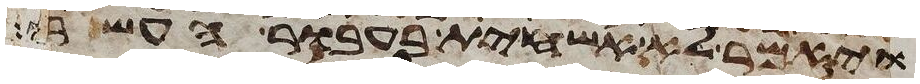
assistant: ויאמר לא אשחית בעבור העשרים